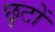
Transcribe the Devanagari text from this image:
छुटों